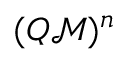
( Q \mathcal M ) ^ { n }